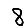
Digit: 8